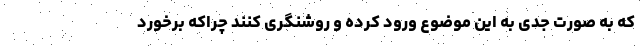
که به صورت جدی به این موضوع ورود کرده و روشنگری کنند چراکه برخورد